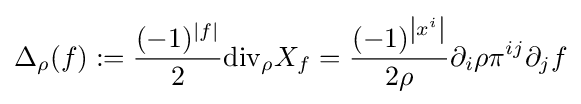
{\Delta }_{\rho }(f):={\frac {(-1)^{\left|f\right|}}{2}}{\rm {div}}_{\rho }X_{f}={\frac {(-1)^{\left|x^{i}\right|}}{2\rho }}\partial _{i}\rho \pi ^{ij}\partial _{j}f